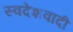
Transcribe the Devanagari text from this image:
स्वदेशवादी